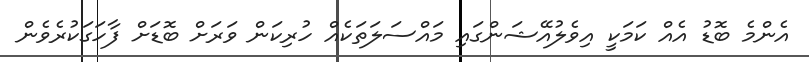
އެންމެ ބޮޑު އެއް ކަމަކީ އިވެލުއޭޝަންގައި މައްސަލަތަކެއް ހުރިކަން ވަރަށް ބޮޑަށް ފާހަގަކުރެވެން